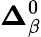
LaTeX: \mathbf{\Delta}_{\beta}^{0}